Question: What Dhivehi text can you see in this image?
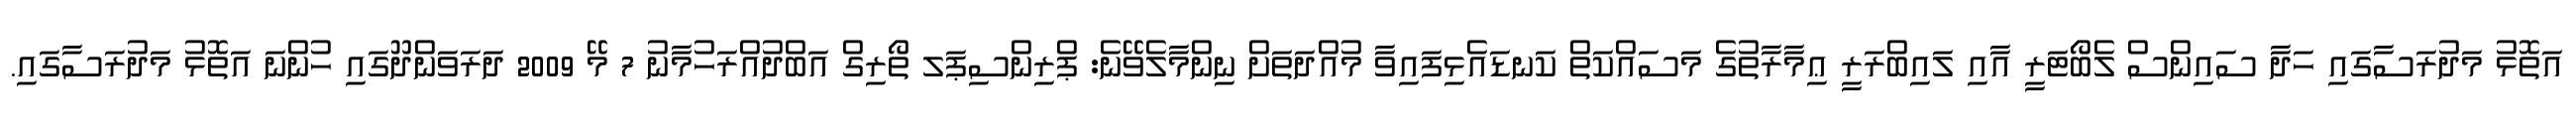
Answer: އަތޮޅު މަދުރަސާގައި ހަދާ ސައިންސް ލެބޯޓަރީ އާއި ލައިބްރަރީ ޢިމާރާތުގެ މަސައްކަތް ކަނޑައެޅިފައިވާ މުއްދަތަށް ނިންމާލެވޭނެ: ޕްރިންސިޕަލ ތޯރިގް އަބްދުއްރަހުމާނު 7 މޭ 2009 ދަރަވަންދޫގައި ހުންނަ އަތޮޅު މަދުރަސާގައި.